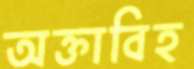
অক্তাবিহ